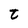
Character: t